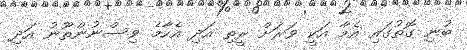
ބުނި ގޮތުގައި އެމާ އަކީ ވަރަށް ރީތި އަދި އެހާމެ ވިސްނުންތޫނު އަދި